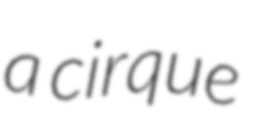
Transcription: a cirque